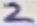
Text: 2